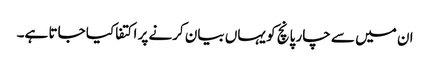
ان میں سے چار پانچ کو یہاں بیان کرنے پر اکتفا کیا جاتا ہے۔